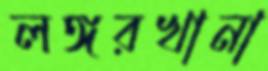
লঙ্গরখানা